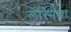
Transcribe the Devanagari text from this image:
लोरेनचा